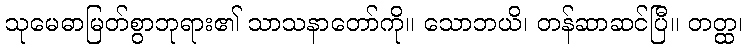
သုမေဓာမြတ်စွာဘုရား၏ သာသနာတော်ကို။ သောဘယိ၊ တန်ဆာဆင်ပြီ။ တတ္ထ၊